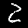
Digit: 2